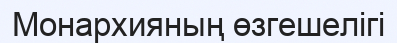
Монархияның өзгешелігі